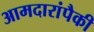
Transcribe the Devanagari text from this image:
आमदारांपैकी